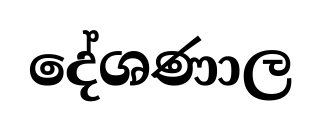
දේශණාල